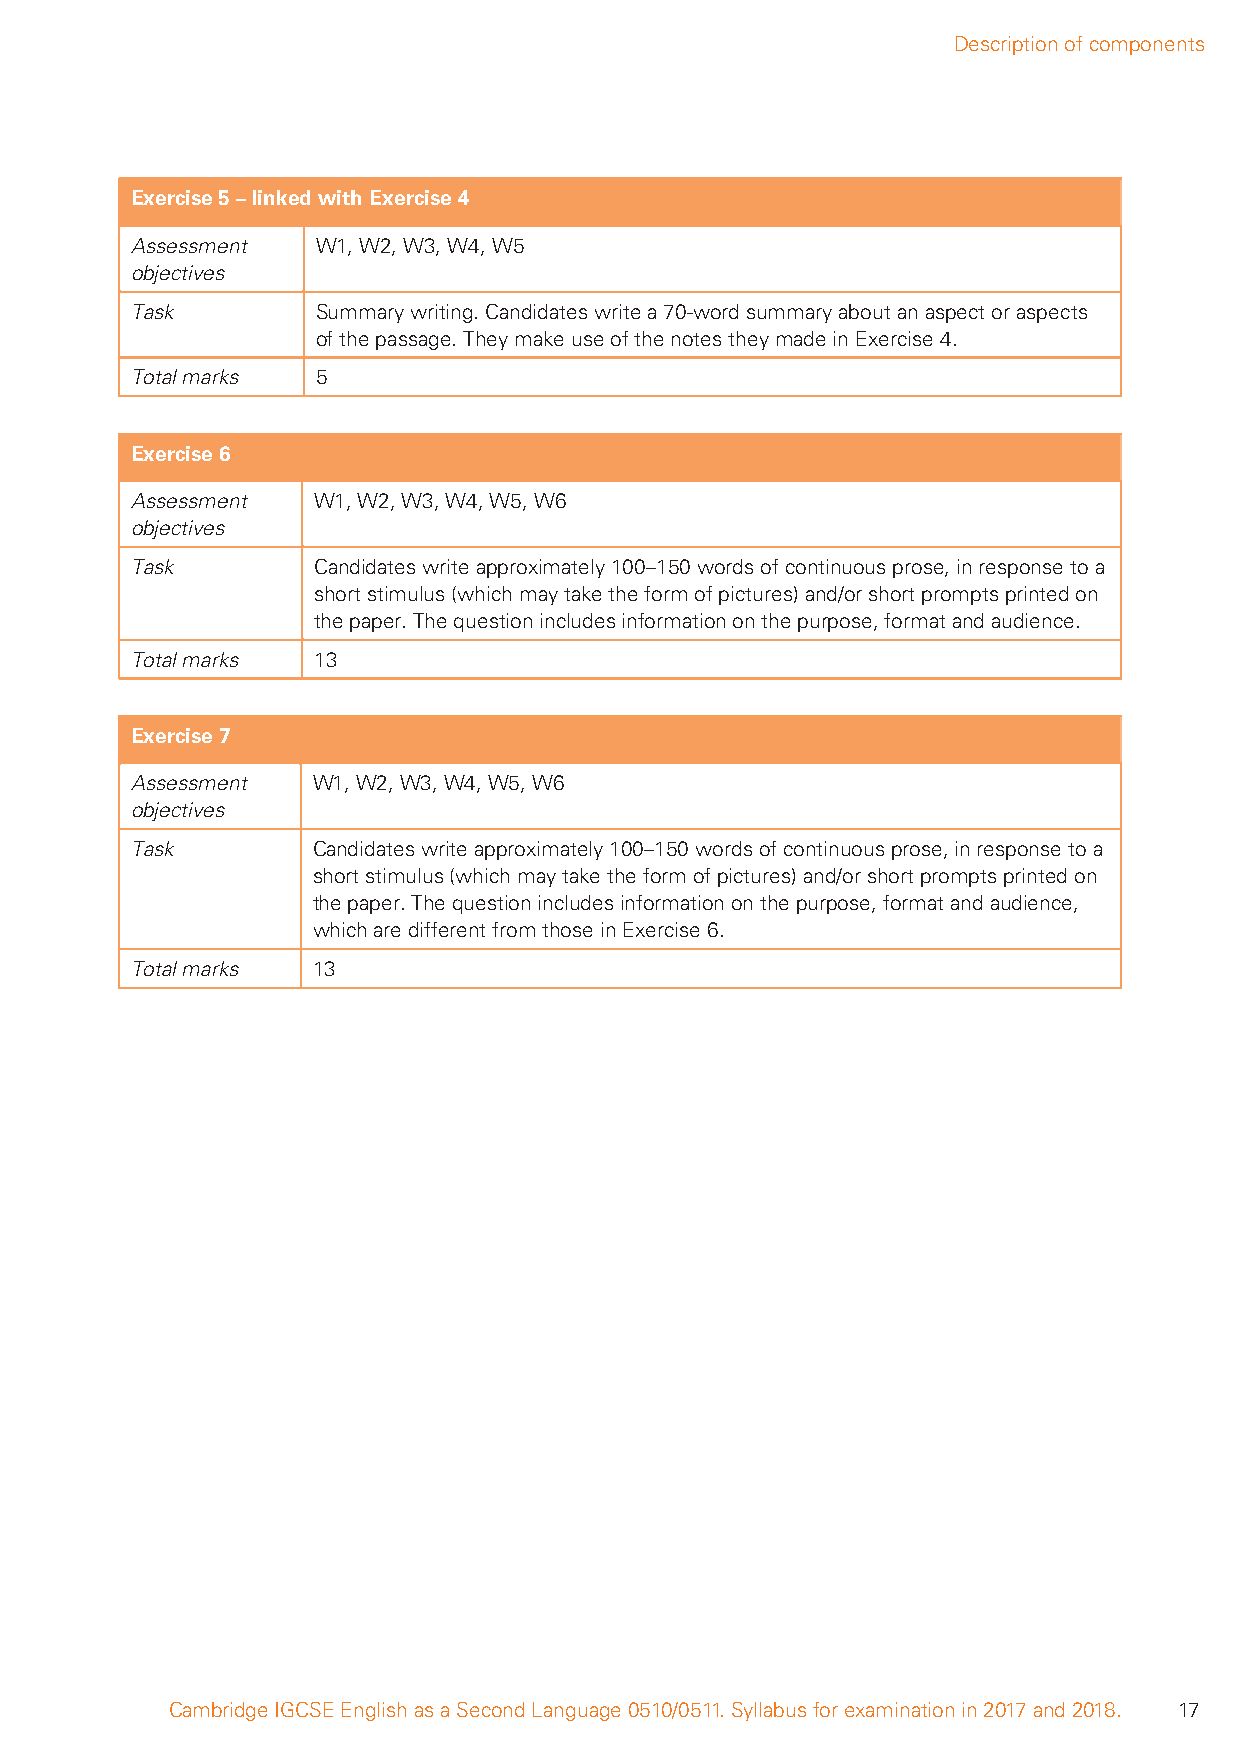
Description of components
 Exercise 5 – linked with Exercise 4
 Assessment  W1, W2, W3, W4, W5
 objectives
 Task        Summary writing. Candidates write a 70-word summary about an aspect or aspects
 of the passage. They make use of the notes they made in Exercise 4.
 Total marks 5
 Exercise 6
 Assessment  W1, W2, W3, W4, W5, W6
 objectives
 Task        Candidates write approximately 100–150 words of continuous prose, in response to a
 short stimulus (which may take the form of pictures) and/or short prompts printed on
 the paper. The question includes information on the purpose, format and audience.
 Total marks 13
 Exercise 7
 Assessment  W1, W2, W3, W4, W5, W6
 objectives
 Task        Candidates write approximately 100–150 words of continuous prose, in response to a
 short stimulus (which may take the form of pictures) and/or short prompts printed on
 the paper. The question includes information on the purpose, format and audience,
 which are different from those in Exercise 6.
 Total marks 13
 Cambridge IGCSE English as a Second Language 0510/0511. Syllabus for examination in 2017 and 2018. 17